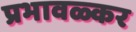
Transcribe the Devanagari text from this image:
प्रभावळ्कर